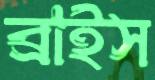
ব্রাইস